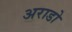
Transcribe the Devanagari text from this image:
अराडो